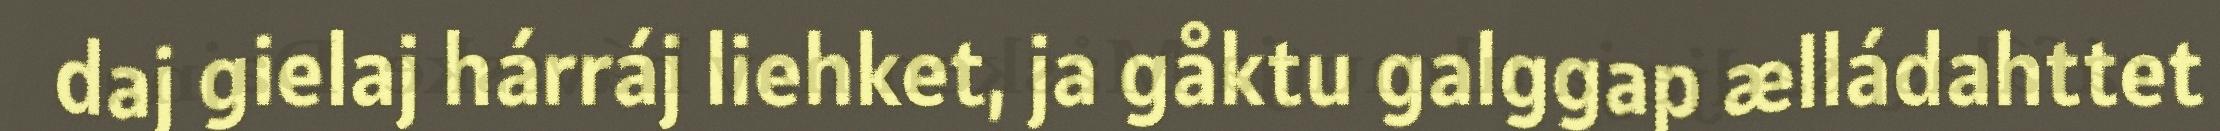
daj gielaj hárráj liehket, ja gåktu galggap ælládahttet